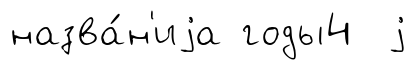
назва́н'иjа годы4 j